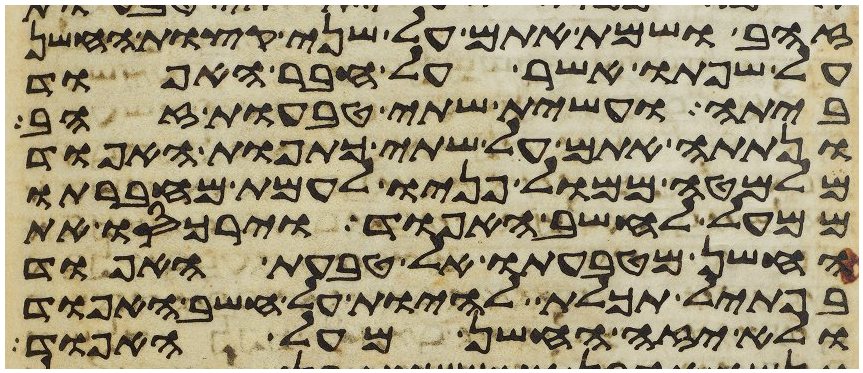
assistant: זהב ושמת אתם על שני קצות החשן
על שפתו אשר על חבר האפוד
ביתה ועשית שתי טבעות זהב
ונתתה אתם על שתי כתפות האפוד
מלמטה ממול פניו לעמת מחברתו
ממעל לחשב האפוד וירכסו את
החשן מטבעתו אל טבעת האפוד
בפתיל תכלת להיות על חשב האפוד
ולא יזה החשן מעל האפוד